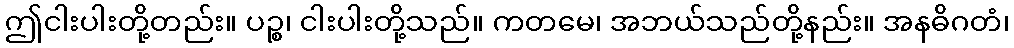
ဤငါးပါးတို့တည်း။ ပဉ္စ၊ ငါးပါးတို့သည်။ ကတမေ၊ အဘယ်သည်တို့နည်း။ အနဓိဂတံ၊